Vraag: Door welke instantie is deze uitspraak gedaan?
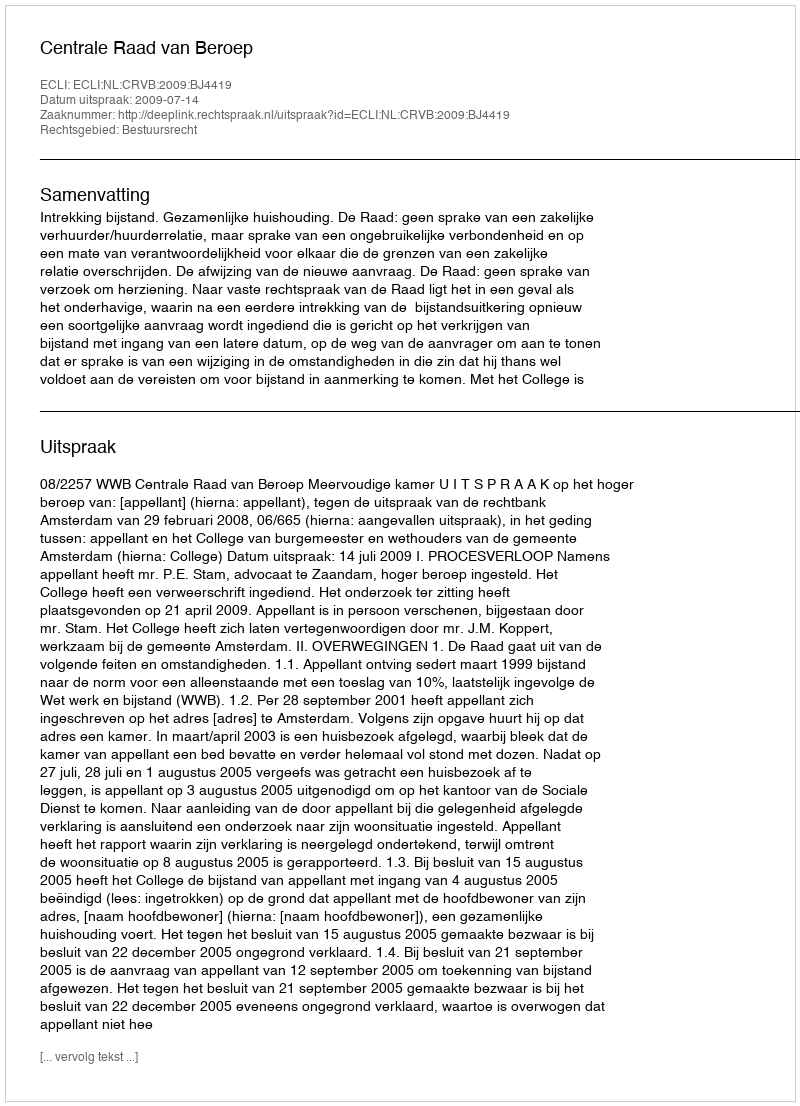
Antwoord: Centrale Raad van Beroep